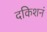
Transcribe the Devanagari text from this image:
दकिशनं